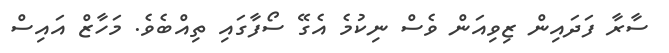
ސާރާ ފަދައިން ޒިވިއަން ވެސް ނިކުމެ އެގޭ ސޯފާގައި ތިއްބެވެ. މަހާޒް އައިސް